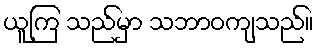
ယူကြ သည်မှာ သဘာဝကျသည်။